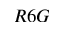
R 6 G